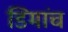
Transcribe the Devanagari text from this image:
डिमांच